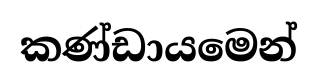
කණ්ඩායමෙන්